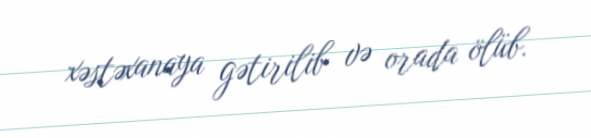
xəstəxanaya gətirilib və orada ölüb.